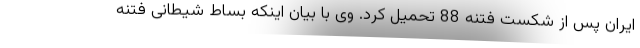
ایران پس از شکست فتنه 88 تحمیل کرد. وی با بیان اینکه بساط شیطانی فتنه